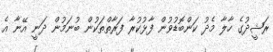
ރަޝީދުގެ ހާލާ މެދު ކަންބޮޑުވުން ފާޅުކުރާ ފަރާތްތަކުން ބުނަމުން ދަނީ އޭނާ އެ